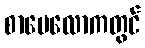
စာပေလောကတွင်